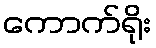
ကောက်ရိုး